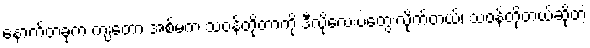
နောက်တခုက ကျတော့ အစ်မက သဝန်တိုတာကို ဒီလိုလေးပဲတွေးလိုက်တယ်၊ သဝန်တိုတယ်ဆိုတဲ့